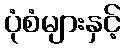
ပုံစံများနှင့်